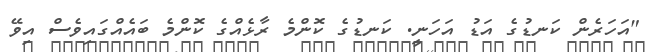
"އަހަރެން ކަނޑުގެ އަޑު އަހަނީ. ކަނޑުގެ ކޮންމެ ރާޅެއްގެ ކޮންމެ ބައެއްގައިވެސް އިވޭ